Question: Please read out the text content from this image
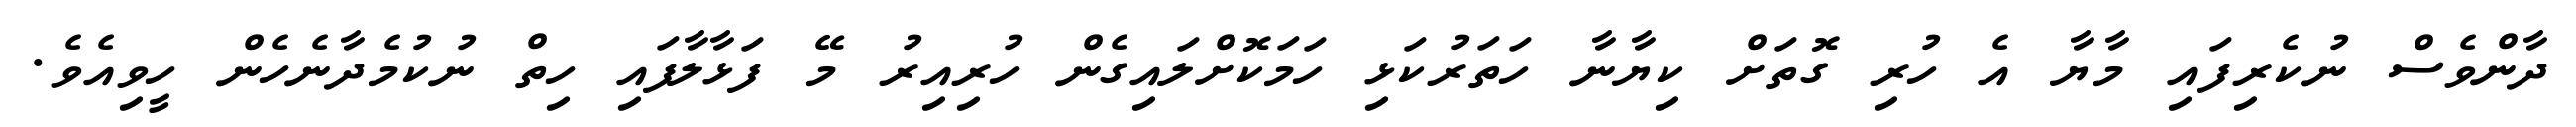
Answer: ދާންވެސް ނުކެރިފައި މާޔާ އެ ހުރި ގޮތަށް ކިޔާނާ ހަތަރުކަޅި ހަމަކޮށްލައިގެން ހުރިއިރު މޭ ފަޅާލާފައި ހިތް ނުކުމެދާނެހެން ހީވިއެވެ.